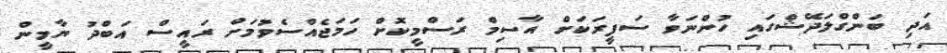
އަދި ބަންގްލަދޭޝްގައި ހުންނަވާ ސަފީރަކަށް އާސިމް ރަސްމީކޮށް ހަމަޖެއްސެވުމަށް ރައީސް އަބްދު ޔާމީން